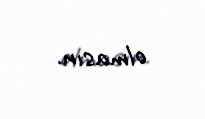
olmasın.